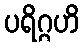
ပရိဂ္ဂဟိ